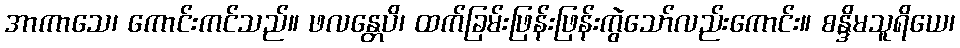
အာကာသေ၊ ကောင်းကင်သည်။ ဖလန္တေပိ၊ ထက်ခြမ်းဖြန်းဖြန်းကွဲသော်လည်းကောင်း။ စန္ဒိမသူရိယေ၊